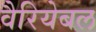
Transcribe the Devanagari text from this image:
वैरियेबल